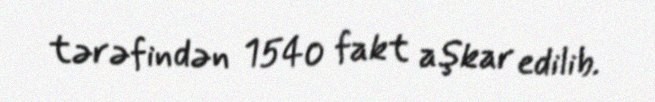
tərəfindən 1540 fakt aşkar edilib.